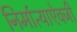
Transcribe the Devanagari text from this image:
निर्मात्याऐवजी